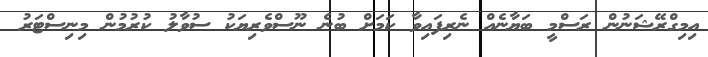
އިމިގްރޭޝަނުން ރަސްމީ ބަޔާނެއް ނެރިފައިވާ ކަމަށް ބުނެ ނޫސްވެރިޔަކު ސުވާލު ކުރުމުން މިނިސްޓަރު